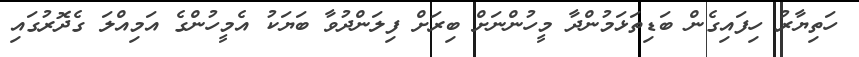
ހަތިޔާރު ހިފައިގެން ބަޑިތަޅަމުންދާ މީހުންނަށް ބިރަށް ފިލަންދުވާ ބަޔަކު އެމީހުންގެ އަމިއްލަ ގެދޮރުގައި